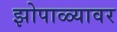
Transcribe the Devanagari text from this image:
झोपाळ्यावर